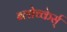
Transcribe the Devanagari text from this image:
ब्लोच्केर्स्